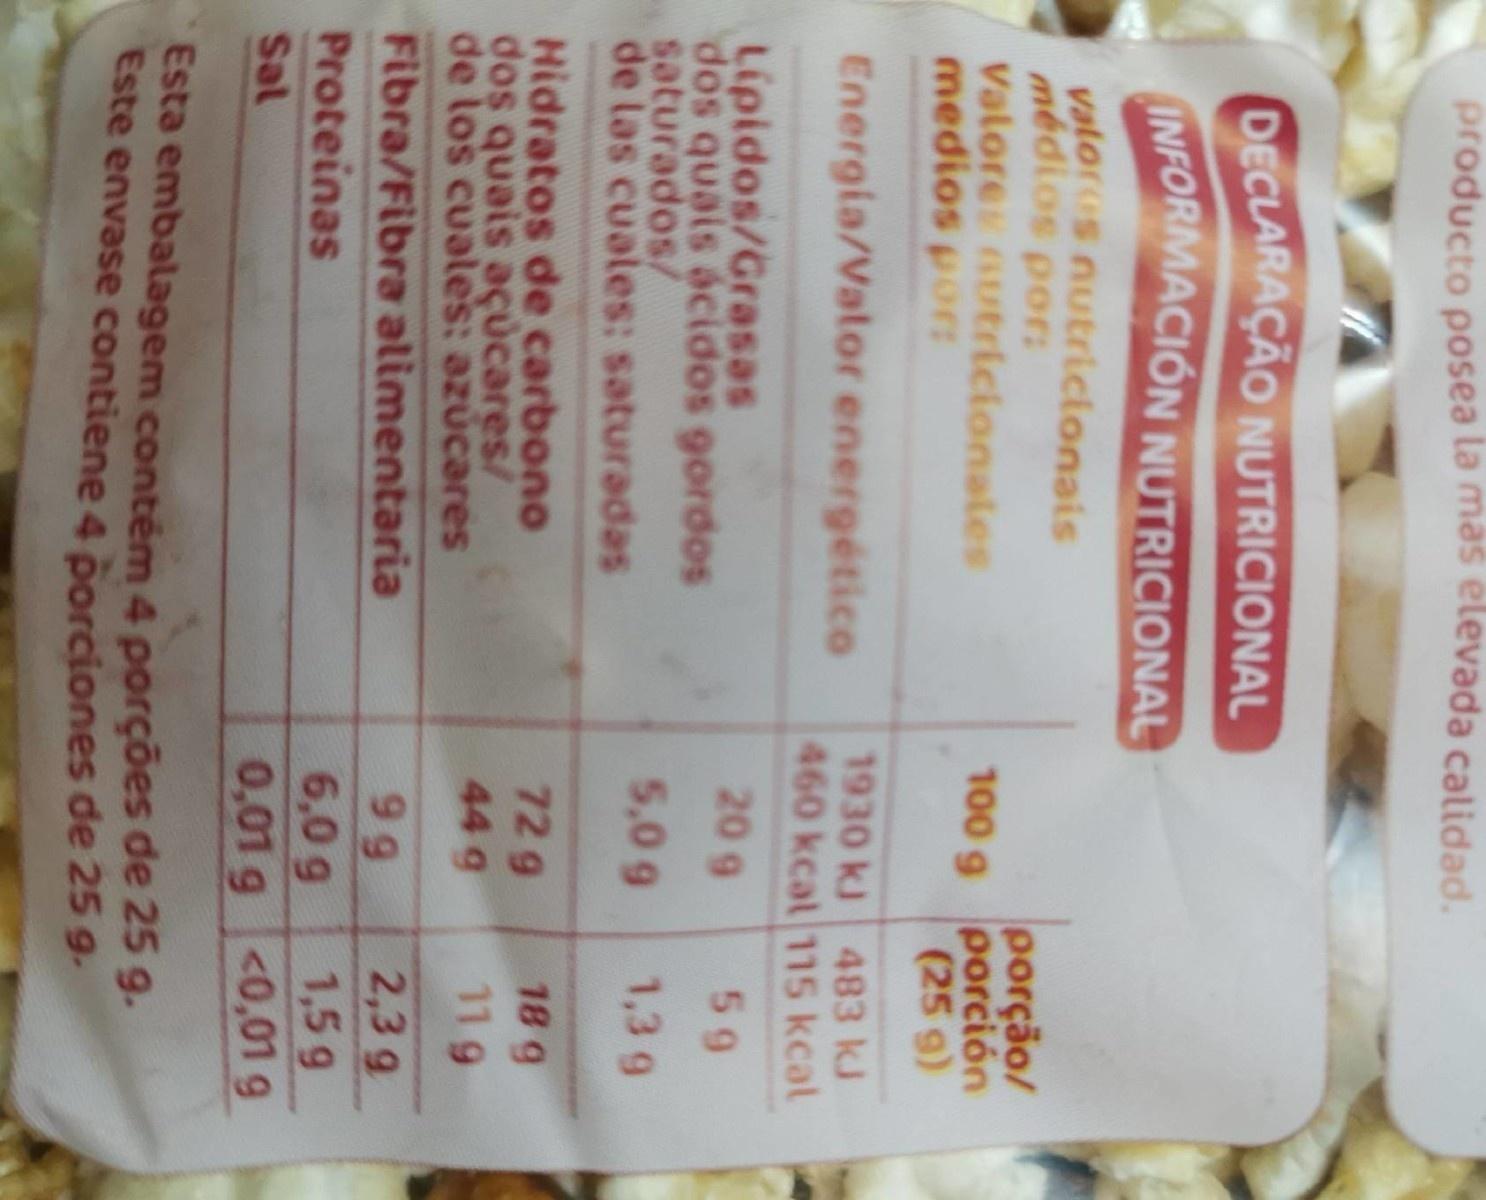
producto posea la mas elevada calidad.
DECLARAÇÃO NUTRICIONAL INFORMACIÓN NUTRICIONAL
valor s nutricionais médios por: Valore nutricionales medios pors
porção/ 100 g porción (25 g)
Energia/Vator energético
1930 kJ 483 kJ 460 kcat 115 kcal
209
Lipidos/Grasas dos quais ácidos gordos saturados/ de las cuales: saturadas
59
5,0 9
1,3 g
72 g
18 9
Hidratos de carbono dos quais aÇucares/ de los cuales: azúcares
44g
119
Fibra/Fibra alimentaria
9 g
2,3 g
Proteinas
6,0 g
1,5g
Sal
0,01g<0,01 9
Esta embalagem contém 4 porções de 25 g. Este envase contiene 4 porciones de 25 9-